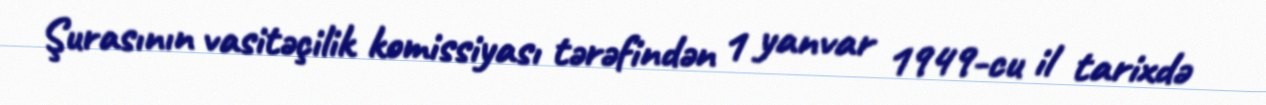
Şurasının vasitəçilik komissiyası tərəfindən 1 yanvar 1949-cu il tarixdə